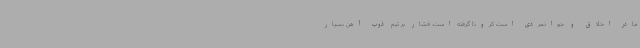
مادر اخلاق و جوانمردی است کرونا گرفته است. فشار بر تیم ذوب آهن بسیار